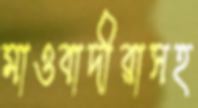
মাওবাদীরাসহ